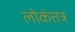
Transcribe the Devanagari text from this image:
लोकंतत्र